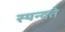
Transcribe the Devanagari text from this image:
स्यन्दते